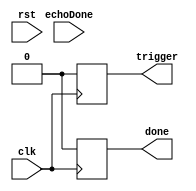
`timescale 1ns / 1ps
//////////////////////////////////////////////////////////////////////////////////
// Company: 
// Engineer: 
// 
// Design Name: 
// Module Name: Trigger
// Project Name: 
// Target Devices: 
// Tool Versions: 
// Description: 
// 
// Dependencies: 
// 
// Revision:
// Revision 0.01 - File Created
// Additional Comments:
// 
//////////////////////////////////////////////////////////////////////////////////


module Trigger( echoDone, rst, clk, trigger, done );
    parameter n1 = 9; // 9-bits
    parameter n2 = 27; // 6-bits
    parameter [ 1:0 ] setTriggerLow = 2'd0, Idle = 2'd1, Delay = 2'd2;
    input clk, echoDone, rst;
    output reg trigger, done;
    reg [ n1 - 1:0 ] delayCnt = 9'b111110011; // 499
    reg [ 1:0 ] PS = setTriggerLow, NS;
    reg [ n2 - 1:0 ] waitCnt = 27'b101111101011110000011111111; // 99999999
    
    // for simulation purposes
    //parameter n1 = 6; // 9-bits
    //parameter n2 = 14; // 6-bits
    //reg [ n1 - 1:0 ] delayCnt = 9'b110001;
    //reg [ n2 - 1:0 ] waitCnt = 27'b10011100010000; // 9999
    
    always @ ( rst or echoDone ) begin
        NS <= setTriggerLow;
        PS <= NS;
    end
    
    always @ ( posedge clk ) begin
        case ( PS )
            setTriggerLow: 
                begin
                    NS <= Idle;
                    trigger <= 0;
                    done <= 0;
                    delayCnt <= 9'b110001;
                end
            Idle:
                begin
                    // wait for 2 seconds
                    if ( waitCnt == 0 ) begin
                        NS <= Delay;
                        waitCnt <= 27'b10011100010000;
                    end
                    else begin
                        waitCnt <= waitCnt - 1;
                        NS <= PS;
                    end
                end
            Delay:
                begin
                    // set trigger high & wait for 10 us
                    trigger <= 1;
                    
                    if ( delayCnt == 0 ) begin
                        done <= 1;
                        NS <= setTriggerLow;
                    end
                    else begin
                        delayCnt <= delayCnt - 1;
                        NS <= PS;
                    end
                end
        endcase 
        PS <= NS;
    end
endmodule